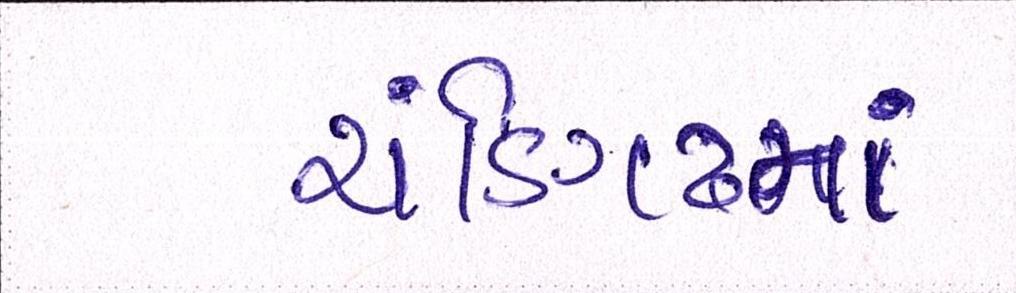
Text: ચંડિગઢમાં